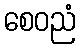
စေဝညံ